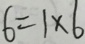
6 = 1 \times 6